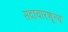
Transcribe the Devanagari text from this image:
सदाचारशून्य